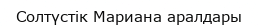
Солтүстік Мариана аралдары